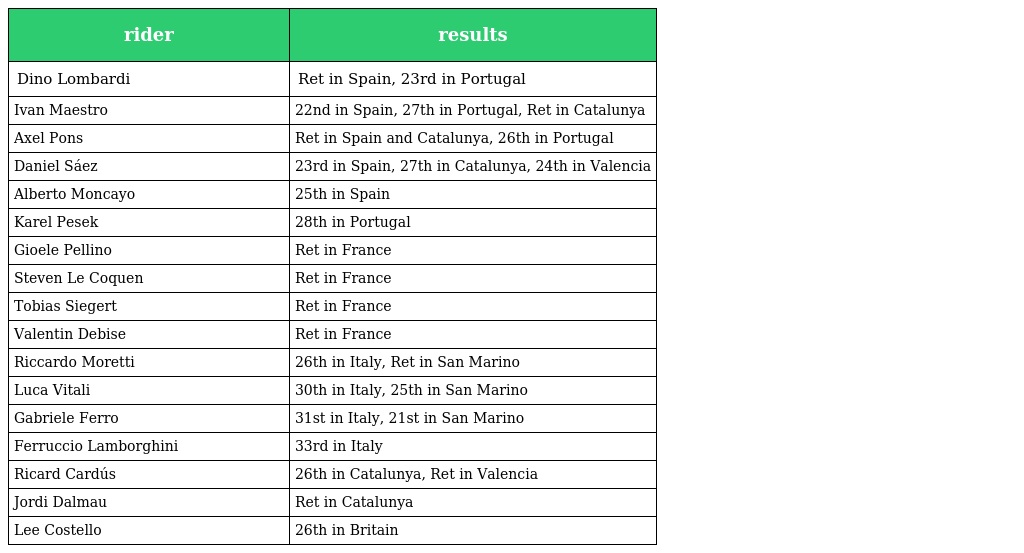
| rider | results |
 | --- | --- |
 | Dino Lombardi | Ret in Spain, 23rd in Portugal |
 | Ivan Maestro | 22nd in Spain, 27th in Portugal, Ret in Catalunya |
 | Axel Pons | Ret in Spain and Catalunya, 26th in Portugal |
 | Daniel Sáez | 23rd in Spain, 27th in Catalunya, 24th in Valencia |
 | Alberto Moncayo | 25th in Spain |
 | Karel Pesek | 28th in Portugal |
 | Gioele Pellino | Ret in France |
 | Steven Le Coquen | Ret in France |
 | Tobias Siegert | Ret in France |
 | Valentin Debise | Ret in France |
 | Riccardo Moretti | 26th in Italy, Ret in San Marino |
 | Luca Vitali | 30th in Italy, 25th in San Marino |
 | Gabriele Ferro | 31st in Italy, 21st in San Marino |
 | Ferruccio Lamborghini | 33rd in Italy |
 | Ricard Cardús | 26th in Catalunya, Ret in Valencia |
 | Jordi Dalmau | Ret in Catalunya |
 | Lee Costello | 26th in Britain |